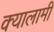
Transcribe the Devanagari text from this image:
क्यालामी